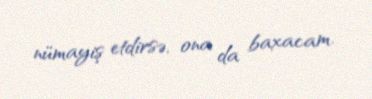
nümayiş etdirsə, ona da baxacam.